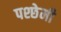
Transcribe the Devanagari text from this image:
पश्छेमी